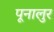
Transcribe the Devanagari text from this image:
पूनालुर